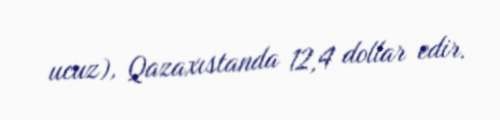
ucuz), Qazaxıstanda 12,4 dollar edir.